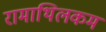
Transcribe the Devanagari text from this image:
रामाथिलकम